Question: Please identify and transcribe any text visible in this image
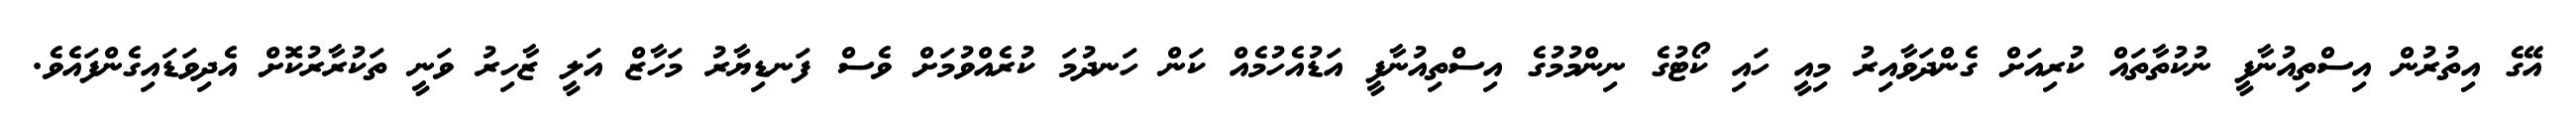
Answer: އޭގެ އިތުރުން އިސްތިއުނާފީ ނުކުތާތައް ކުރިއަށް ގެންދަވާއިރު މިއީ ހައި ކޯޓުގެ ނިންމުމުގެ އިސްތިއުނާފީ އަޑުއެހުމެއް ކަން ހަނދުމަ ކުރެއްވުމަށް ވެސް ފަނޑިޔާރު މަހާޒް އަލީ ޒާހިރު ވަނީ ތަކުރާރުކޮށް އެދިވަޑައިގެންފައެވެ.